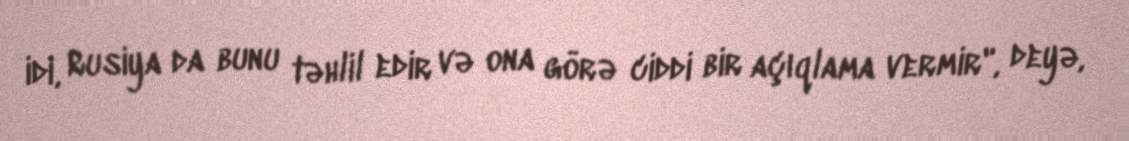
idi, Rusiya da bunu təhlil edir və ona görə ciddi bir açıqlama vermir", deyə,